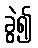
ခွဲ၍